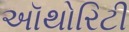
અૉથોરિટી